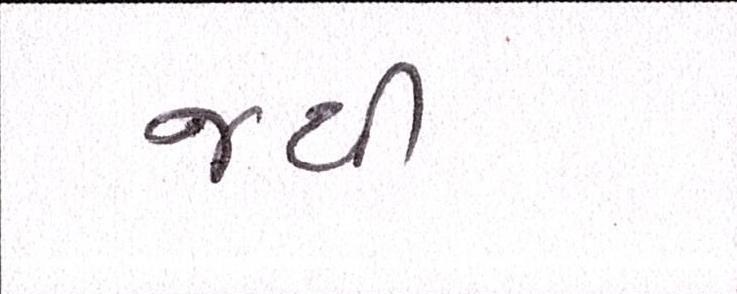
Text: જથી